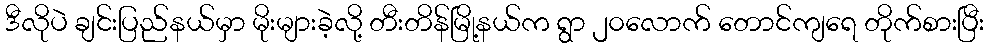
ဒီလိုပဲ ချင်းပြည်နယ်မှာ မိုးများခဲ့လို့ တီးတိန်မြို့နယ်က ရွာ ၂၀လောက် တောင်ကျရေ တိုက်စားပြီး